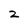
Character: 2